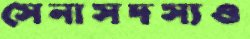
সেনাসদস্যও